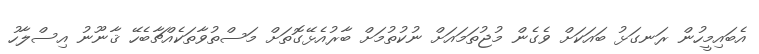
އެބައިމީހުން ރަނގަޅު ބައަކަށް ވެގެން މުޖުތަމައަށް ނުކުތުމަށް ބާރުއެޅޭގޮތަށް މަސްތުވާތަކެއްޗާބެހޭ ޤާނޫނު އިސްލާހު